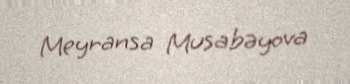
Meyransa Musabəyova